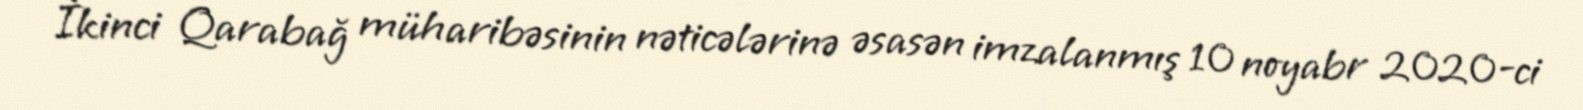
İkinci Qarabağ müharibəsinin nəticələrinə əsasən imzalanmış 10 noyabr 2020-ci